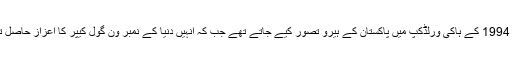
وہ 1994 کے ہاکی ورلڈکپ میں پاکستان کے ہیرو تصور کیے جاتے تھے جب کہ انہیں دنیا کے نمبر ون گول کیپر کا اعزاز حاصل تھا۔